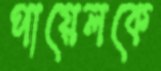
পায়েলকে